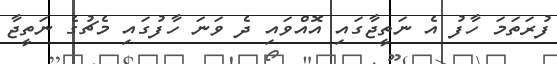
ފުރަތަމަ ހާފު އެ ނަތީޖާގައި އޮއްވައި ދެ ވަނަ ހާފުގައި މެޗުގެ ނަތީޖާ